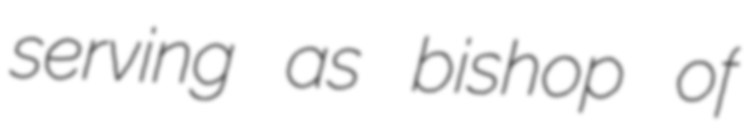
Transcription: serving as bishop of